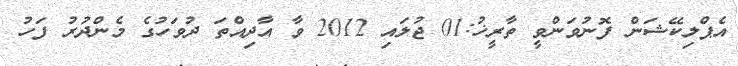
އެޕްލިކޭޝަން ފޮނުވަންވީ ތާރީޚު:01 ޖުލައި 2012 ވާ އާދިއްތަ ދުވަހުގެ މެންދުރު ފަހު